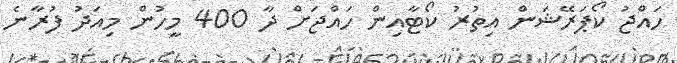
ހައްޖު ކޯޕަރޭޝަން އިތުރު ކޯޓާއިން ހައްޖަށް ދާ 400 މީހުން މިއަދު ފުރާނެ